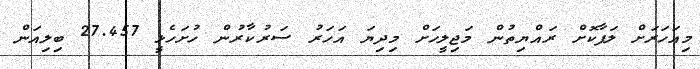
މިއަހަރަށް ލަފާކޮށް ރައްޔިތުން މަޖިލީހަށް މިދިޔަ އަހަރު ސަރުކާރުން ހުށަހެޅީ 27.457 ބިލިއަން